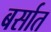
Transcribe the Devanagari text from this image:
बर्सात